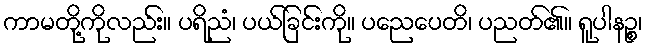
ကာမတို့ကိုလည်း။ ပရိညံ၊ ပယ်ခြင်းကို။ ပညေပေတိ၊ ပညတ်၏။ ရူပါနဉ္စ၊